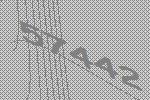
57442